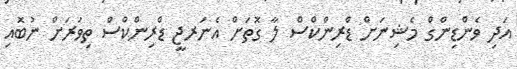
އަދި ވެންޑިންގް މެޝިނަށް ޑްރިންކްސް ލާ ގޮތަށް އެނަރޖީ ޑްރިންކްސް ތިވަރަށް ނުބޮއި